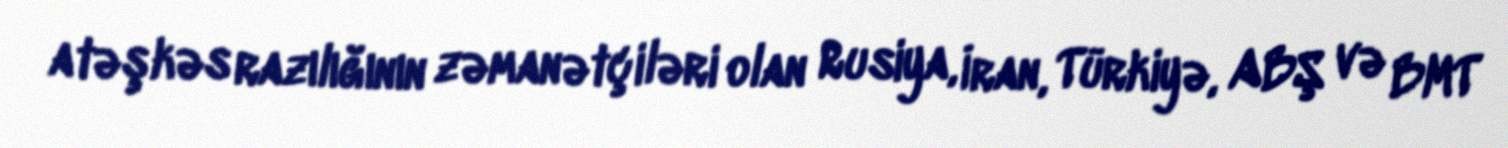
atəşkəs razılığının zəmanətçiləri olan Rusiya, İran, Türkiyə, ABŞ və BMT